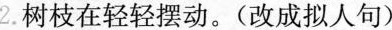
2. 树枝在轻轻摆动。(改成拟人句)